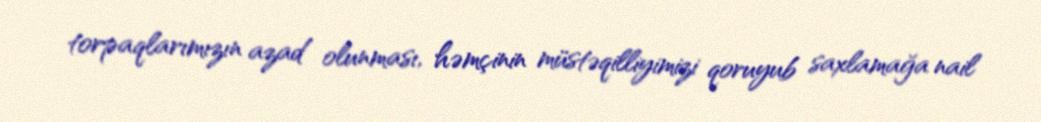
torpaqlarımızın azad olunması, həmçinin müstəqilliyimizi qoruyub saxlamağa nail